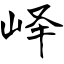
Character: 峄